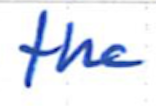
Text: the
Cross-out: clean
Writing tool: ballpoint